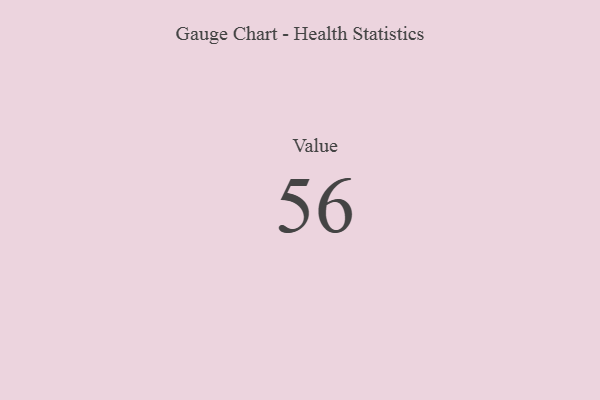
{"axis": {"x": "Metric", "y": "Value"}, "legend": [""], "data": [{"x": "Value", "y": 56, "type": ""}]}